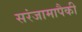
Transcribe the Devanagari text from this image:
सरंजामापैकी